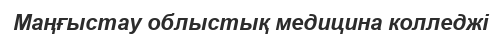
Маңғыстау облыстық медицина колледжі